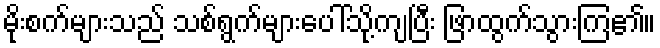
မိုးစက်များသည် သစ်ရွက်များပေါ်သို့ကျပြီး ဖြာထွက်သွားကြ၏။